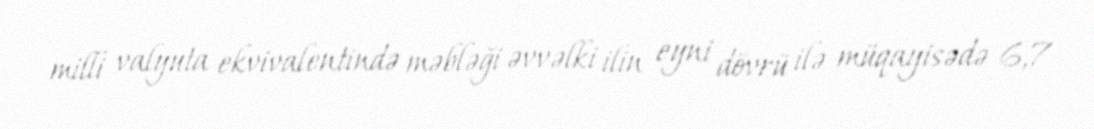
milli valyuta ekvivalentində məbləği əvvəlki ilin eyni dövrü ilə müqayisədə 6,7